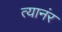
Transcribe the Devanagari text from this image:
त्यानंर